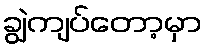
ချွဲကျပ်တော့မှာ